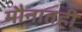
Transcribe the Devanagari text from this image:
मौनातही